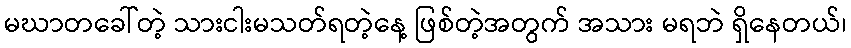
မဃာတခေါ်တဲ့ သားငါးမသတ်ရတဲ့နေ့ ဖြစ်တဲ့အတွက် အသား မရဘဲ ရှိနေတယ်၊